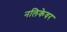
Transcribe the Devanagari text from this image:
नलिकेवर